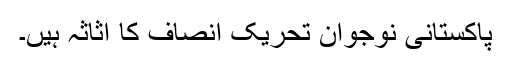
پاکستانی نوجوان تحریک انصاف کا اثاثہ ہیں۔